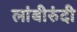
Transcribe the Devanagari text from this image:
लांबीरुंदी